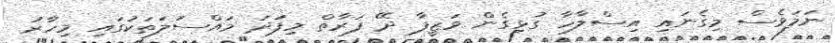
ނަމަވެސް މިގެނައި އިސްލާހާ ގުޅިގެން ވަޒީފާ ދޭ ފަރާތް މިފަަދަ މައްސަލަތަކުގައި މިހާރު